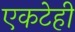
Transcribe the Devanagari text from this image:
एकटेही